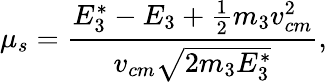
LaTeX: \mu_{s}=\frac{E_{3}^{*}-E_{3}+\frac{1}{2}m_{3}v_{cm}^{2}}{v_{cm}\sqrt{2m_{3}E_{3}^{*}}},